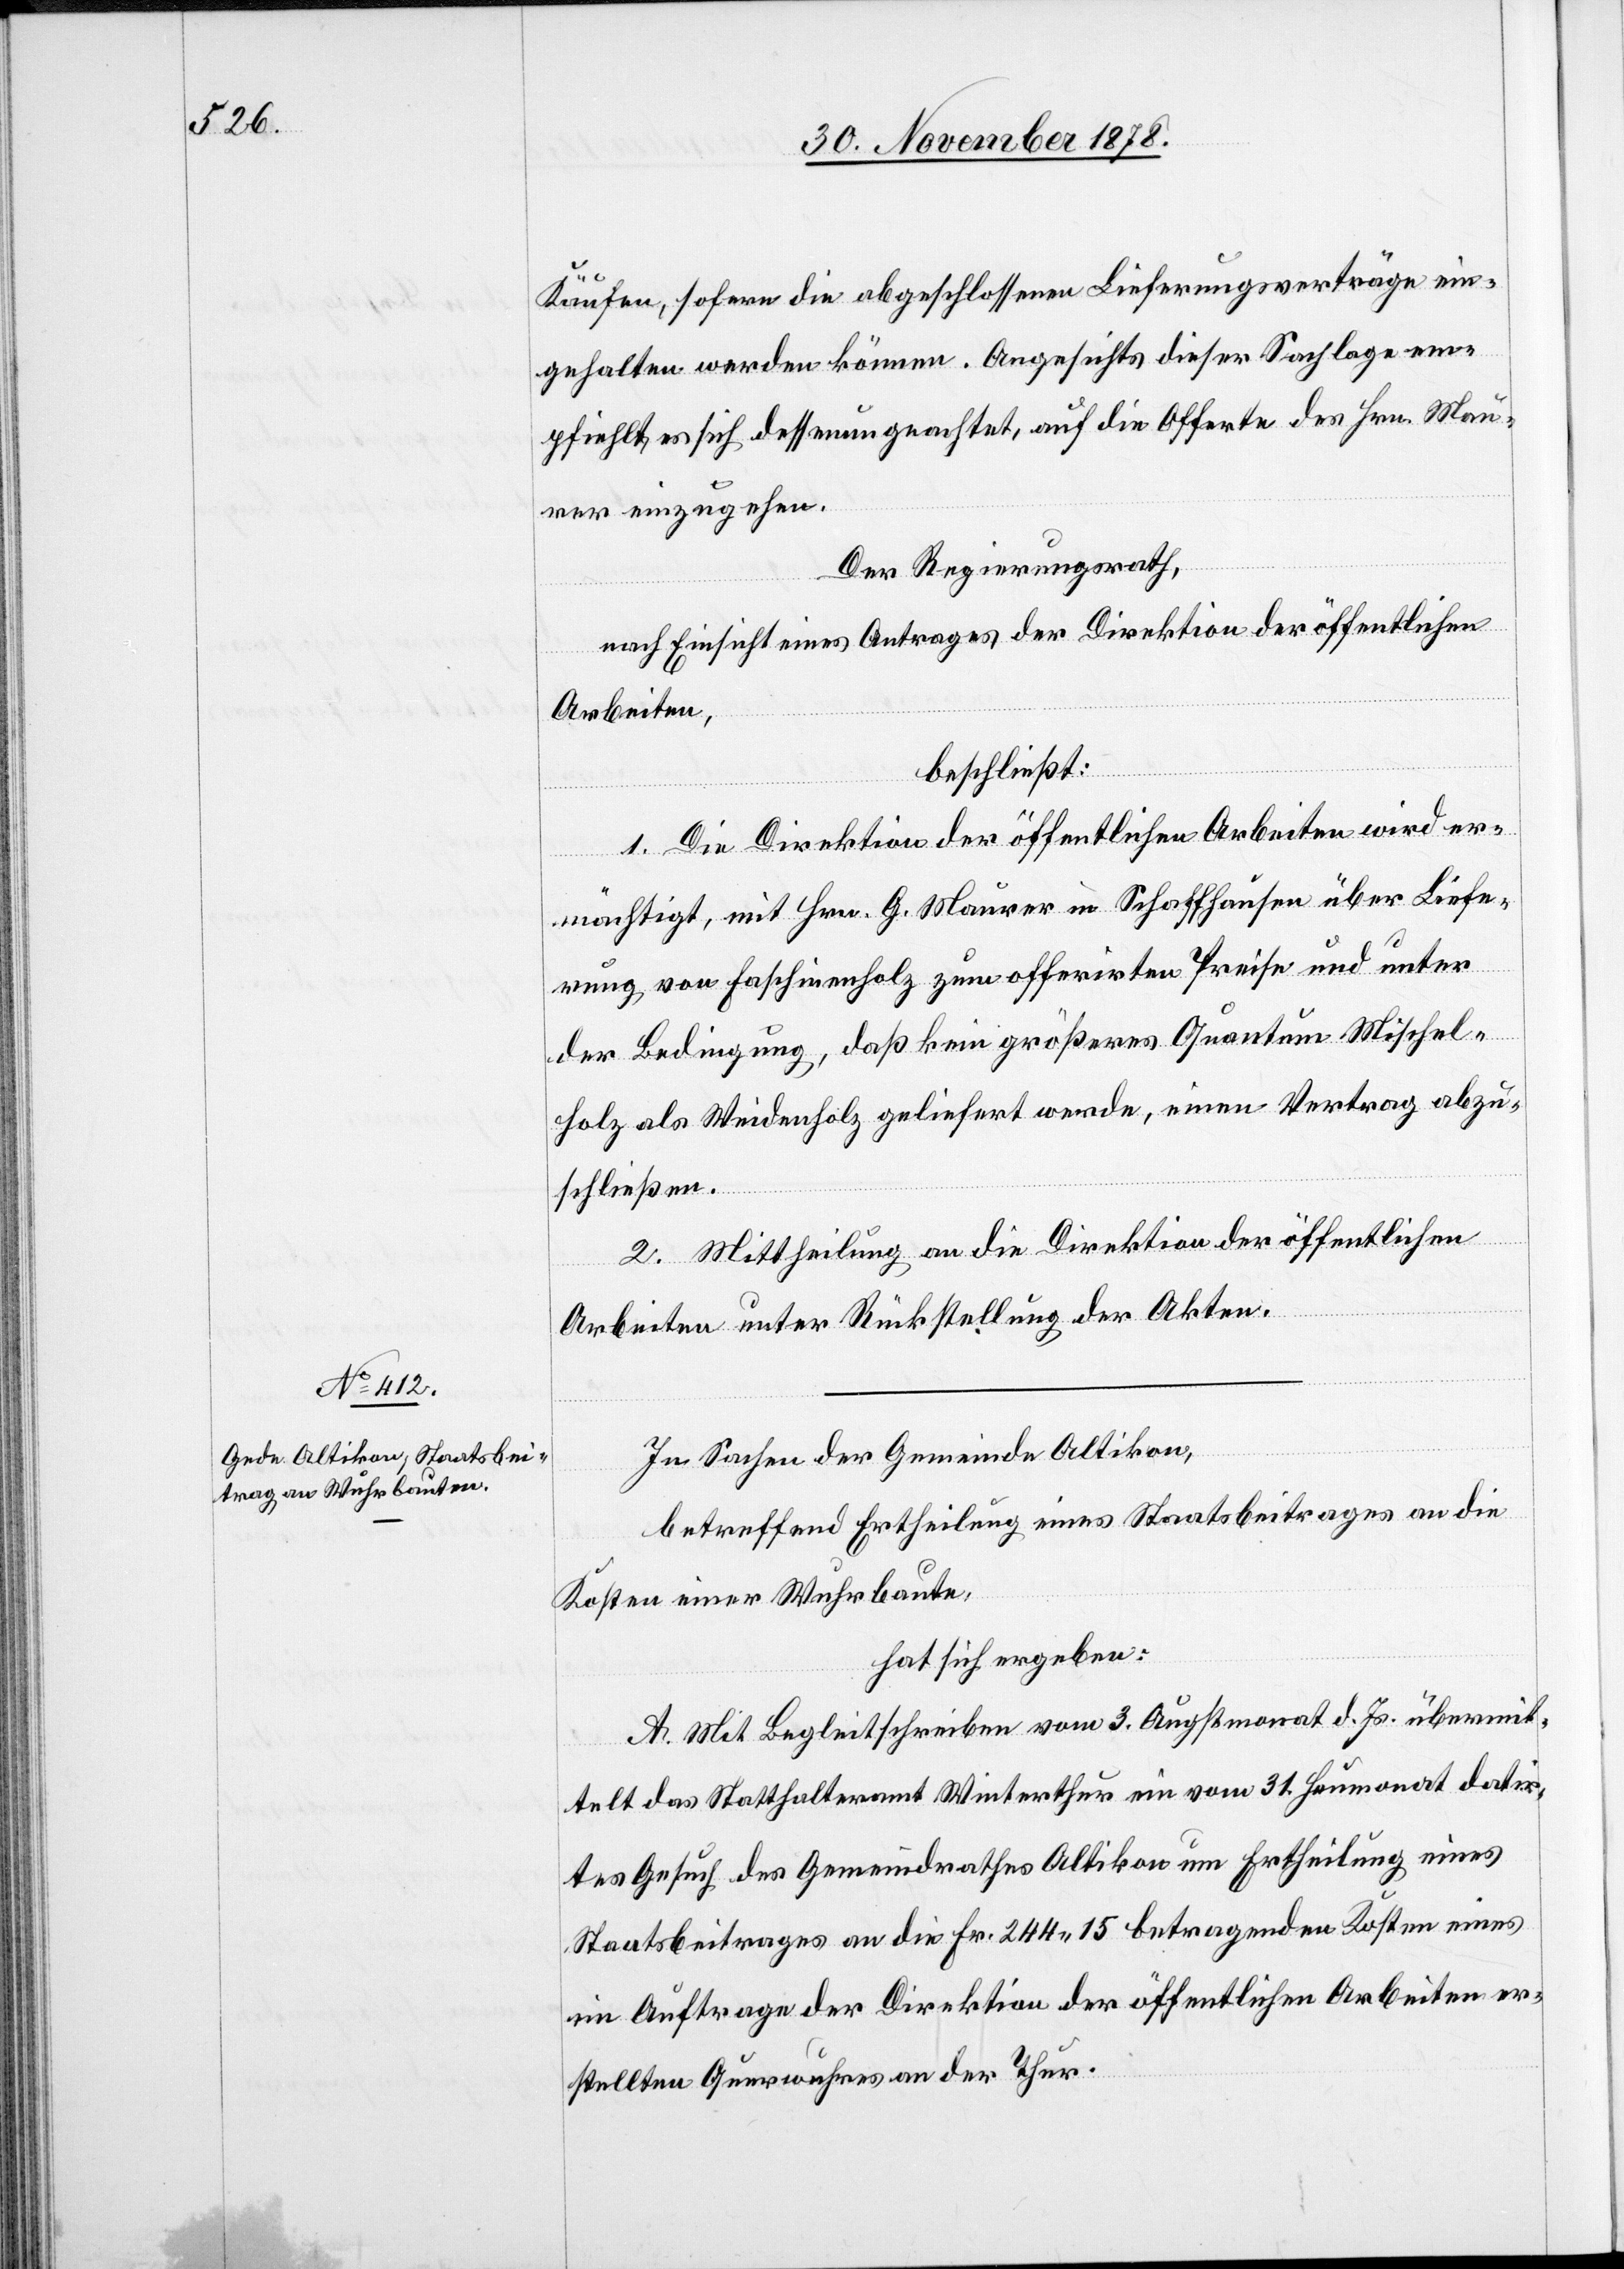
Käufen, sofern die abgeschlossenen Lieferungsverträge ein¬
gehalten werden können. Angesichts dieser Sachlage em¬
pfiehlt es sich dessen ungeachtet, auf die Offerte des Hrn. Mau¬
rer einzugehen.
Der Regierungsrath,
nach Einsicht eines Antrages der Direktion der öffentlichen
Arbeiten,
beschließt:
1. Die Direktion der öffentlichen Arbeiten wird er¬
mächtigt, mit Hrn. G. Maurer in Schaffhausen über Liefe¬
rung von Faschinenholz zum offerirten Preise und unter
der Bedingung, daß kein größeres Quantum Mischel¬
holz als Weidenholz geliefert werde, einen Vertrag abzu¬
schließen.
2. Mittheilung an die Direktion der öffentlichen
Arbeiten unter Rückstellung der Akten.
In Sachen der Gemeinde Altikon,
betreffend Ertheilung eines Staatsbeitrages an die
Kosten einer Wuhrbaute,
hat sich ergeben:
A. Mit Begleitschreiben vom 3. Augstmonat d. Js. übermit¬
telt das Statthalteramt Winterthur ein vom 31. Heumonat datir¬
tes Gesuch des Gemeindrathes Altikon um Ertheilung eines
Staatsbeitrages an die Fr. 244 15 betragenden Kosten eines
im Auftrage der Direktion der öffentlichen Arbeiten er¬
stellten Grenzwuhres an der Thur.